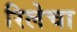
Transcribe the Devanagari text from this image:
रिलेचा